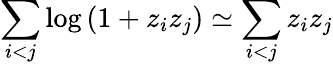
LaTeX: \sum_{i<j}\log\left(1+z_{i}z_{j}\right)\simeq\sum_{i<j}z_{i}z_{j}